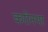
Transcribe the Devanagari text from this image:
करोनथा